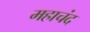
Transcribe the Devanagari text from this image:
महाचंद